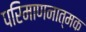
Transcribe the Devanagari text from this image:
परिमाणनात्मक